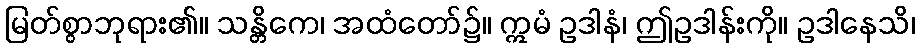
မြတ်စွာဘုရား၏။ သန္တိကေ၊ အထံတော်၌။ ဣမံ ဥဒါနံ၊ ဤဥဒါန်းကို။ ဥဒါနေသိ၊